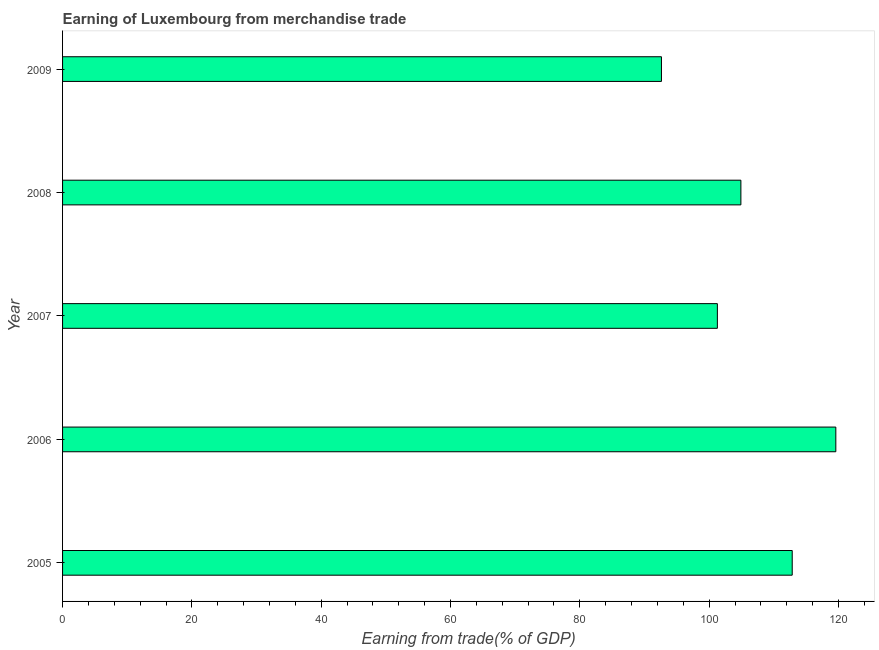
| Year | Merchandise trade |
 | --- | --- |
 | 2005 | 113 |
 | 2006 | 120 |
 | 2007 | 101 |
 | 2008 | 105 |
 | 2009 | 92.6 |